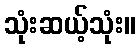
သုံးဆယ့်သုံး။